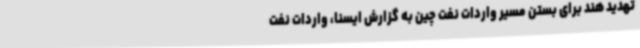
تهدید هند برای بستن مسیر واردات نفت چین به گزارش ایسنا، واردات نفت